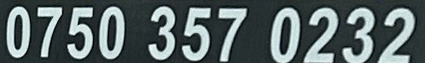
0750 357 0232